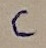
Text: C